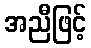
အညီဖြင့်